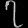
Digit: ၇